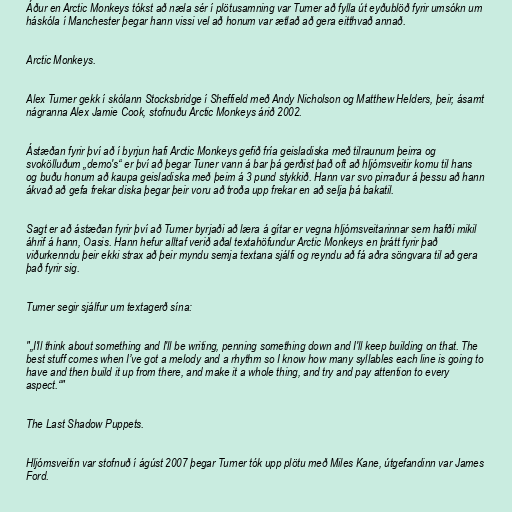
Áður en Arctic Monkeys tókst að næla sér í plötusamning var Turner að fylla út eyðublöð fyrir umsókn um
háskóla í Manchester þegar hann vissi vel að honum var ætlað að gera eitthvað annað.

Arctic Monkeys.

Alex Turner gekk í skólann Stocksbridge í Sheffield með Andy Nicholson og Matthew Helders, þeir, ásamt
nágranna Alex Jamie Cook, stofnuðu Arctic Monkeys árið 2002.

Ástæðan fyrir því að í byrjun hafi Arctic Monkeys gefið fría geisladiska með tilraunum þeirra og
svokölluðum „demo's“ er því að þegar Tuner vann á bar þá gerðist það oft að hljómsveitir komu til hans
og buðu honum að kaupa geisladiska með þeim á 3 pund stykkið. Hann var svo pirraður á þessu að hann
ákvað að gefa frekar diska þegar þeir voru að troða upp frekar en að selja þá bakatil.

Sagt er að ástæðan fyrir því að Turner byrjaði að læra á gítar er vegna hljómsveitarinnar sem hafði mikil
áhrif á hann, Oasis. Hann hefur alltaf verið aðal textahöfundur Arctic Monkeys en þrátt fyrir það
viðurkenndu þeir ekki strax að þeir myndu semja textana sjálfi og reyndu að fá aðra söngvara til að gera
það fyrir sig.

Turner segir sjálfur um textagerð sína:

"„I'll think about something and I'll be writing, penning something down and I'll keep building on that. The
best stuff comes when I’ve got a melody and a rhythm so I know how many syllables each line is going to
have and then build it up from there, and make it a whole thing, and try and pay attention to every
aspect.“"

The Last Shadow Puppets.

Hljómsveitin var stofnuð í ágúst 2007 þegar Turner tók upp plötu með Miles Kane, útgefandinn var James
Ford.